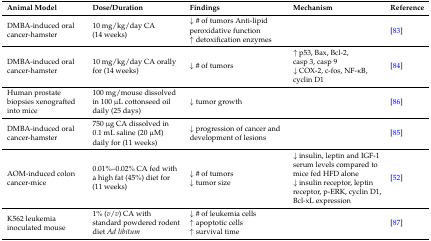
| Animal Model | Dose/Duration | Findings | Mechanism | Reference |
 | --- | --- | --- | --- | --- |
 | DMBA-induced oral cancer-hamster | 10 mg/kg/day CA (14 weeks) | ↓ # of tumors Anti-lipid peroxidative function ↑ detoxification enzymes |  | [83] |
 | DMBA-induced oral cancer-hamster | 10 mg/kg/day CA orally for (14 weeks) | ↓ # of tumors | ↑ p53, Bax, Bcl-2, casp 3, casp 9 ↓ COX-2, c-fos, NF-κB, cyclin D1 | [84] |
 | Human prostate biopsies xenografted into mice | 100 mg/mouse dissolved in 100 μL cottonseed oil daily (25 days) | ↓ tumor growth |  | [86] |
 | DMBA-induced oral cancer-hamster | 750 μg CA dissolved in 0.1 mL saline (20 μM) daily for (11 weeks) | ↓ progression of cancer and development of lesions |  | [85] |
 | AOM-induced colon cancer-mice | 0.01%–0.02% CA fed with a high fat (45%) diet for (11 weeks) | ↓ # of tumors ↓ tumor size | ↓ insulin, leptin and IGF-1 serum levels compared to mice fed HFD alone ↓ insulin receptor, leptin receptor, p-ERK, cyclin D1, Bcl-xL expression | [52] |
 | K562 leukemia inoculated mouse | 1% (v/v) CA with standard powdered rodent diet Ad libitum | ↓ # of leukemia cells ↑ apoptotic cells ↑ survival time |  | [87] |